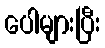
ပေါများပြီး